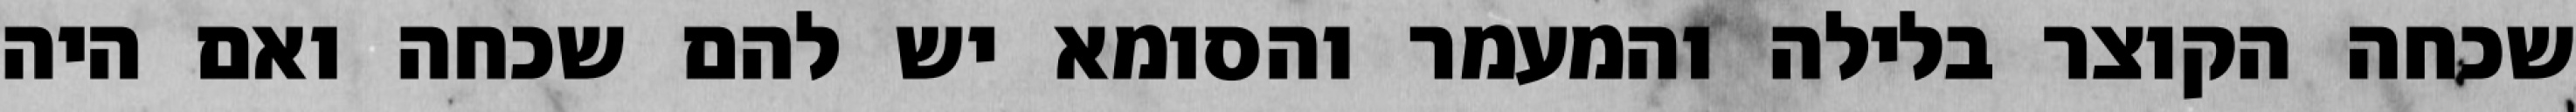
שכחה הקוצר בלילה והמעמר והסומא יש להם שכחה ואם היה